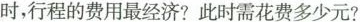
时，行程的费用最经济? 此时需花费多少元?